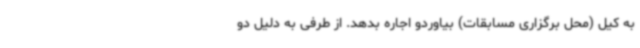
به کیل (محل برگزاری مسابقات) بیاوردو اجاره بدهد. از طرفی به دلیل دو